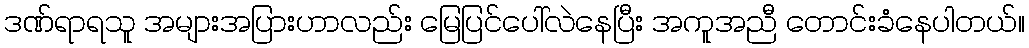
ဒဏ်ရာရသူ အများအပြားဟာလည်း မြေပြင်ပေါ်လဲနေပြီး အကူအညီ တောင်းခံနေပါတယ်။